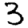
Digit: 3